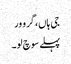
جی ہاں، گرو ور
پہلے سوچ لو۔